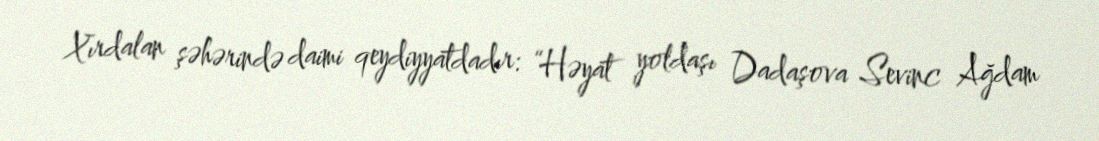
Xırdalan şəhərində daimi qeydiyyatdadır: “Həyat yoldaşı Dadaşova Sevinc Ağdam